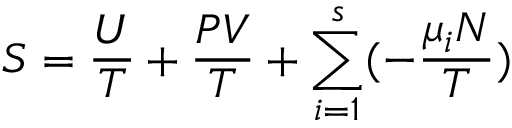
S = { \frac { U } { T } } + { \frac { P V } { T } } + \sum _ { i = 1 } ^ { s } ( - { \frac { \mu _ { i } N } { T } } )